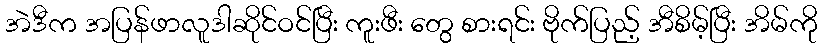
အဲဒီက အပြန်ဖာလူဒါဆိုင်ဝင်ပြီး ကူးဖီး တွေ စားရင်း ဗိုက်ပြည့် အီစိမ့်ပြီး အိမ်ကို